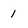
Character: 1